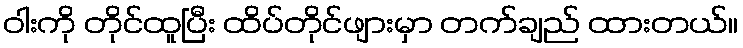
ဝါးကို တိုင်ထူပြီး ထိပ်တိုင်ဖျားမှာ တက်ချည် ထားတယ်။